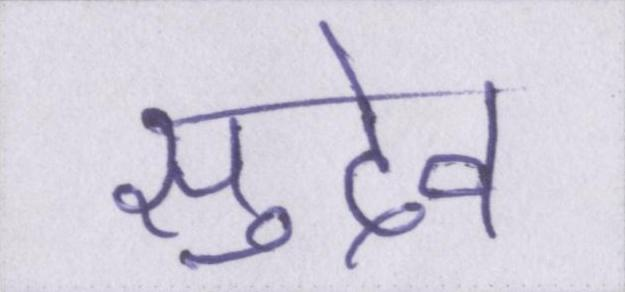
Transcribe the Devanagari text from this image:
सुदेव